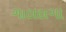
ગાલલગા